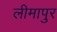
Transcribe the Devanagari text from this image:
लीमापुर